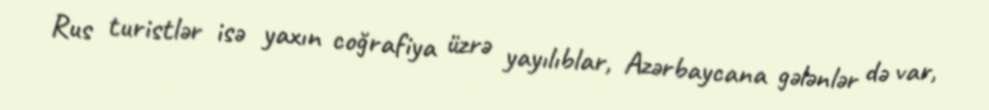
Rus turistlər isə yaxın coğrafiya üzrə yayılıblar, Azərbaycana gələnlər də var,